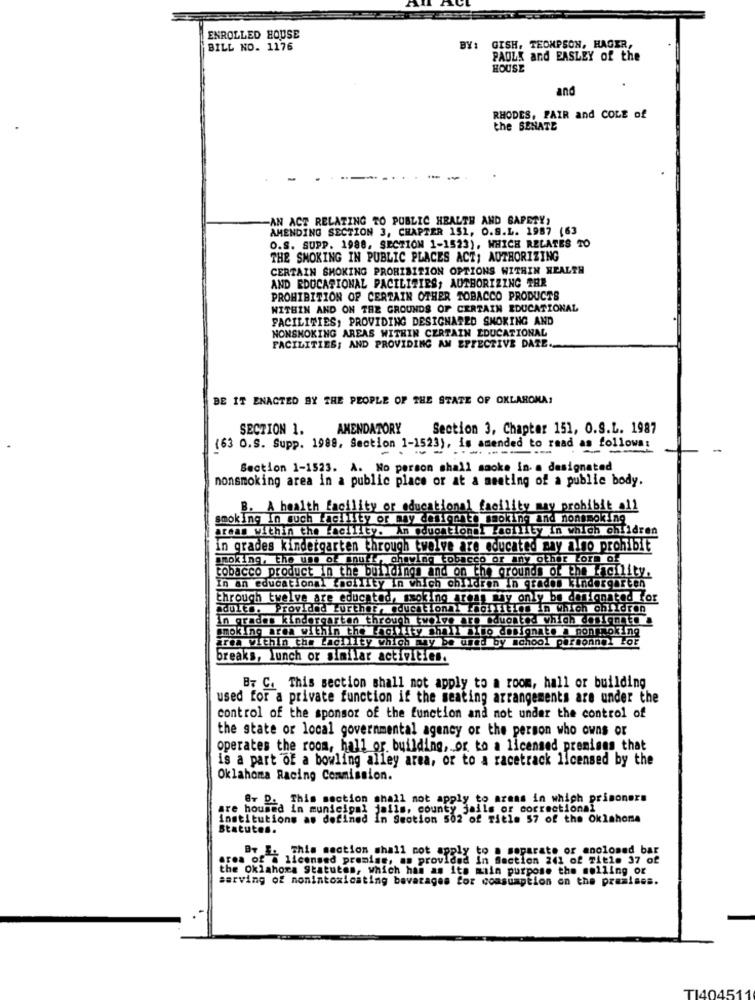
ENROLLED HOUSE
GISH, THOMPSON, HAGER,
BILL NO. 1176
BY:
PAULS and EASLEY of the
HOUSE
and
RHODES, FAIR and COLE of
the SENATE
-AN ACT RELATING TO PUBLIC HEALTH AND SAFETY,
AMENDING SECTION 3, CHAPTER 151, O.S.L. 1987 (63
O.S. SUPP. 1988, SECTION 1-1523), WHICH RELATES TO
THE SMOKING IN PUBLIC PLACES ACT; AUTHORIZING
CERTAIN SMOKING PROHIBITION OPTIONS WITHIN HEALTH
AND EDUCATIONAL PACILITIES, AUTHORIZING THR
PROHIBITION OF CERTAIN OTHER TOBACCO PRODUCTS
WITHIN AND ON THE GROUNDS OF CERTAIN EDUCATIONAL
FACILITIES, PROVIDING DESIGNATED SMOKING AND
NONSMOKING AREAS WITHIN CERTAIN EDUCATIONAL
FACILITIES; AND PROVIDING AN EFFECTIVE DATE.
BE IT ENACTED BY THE PEOPLE OF THE STATE OF OKLARONA!
SECTION 1.
AMENDATORY
Section 3, Chapter 151, O.S.L. 1987
(63 O.S. Supp. 1988, Section 1-1523), is amended to read as follows:
- - - - --- ---
Section 1-1523. A. No person shall smoke in- a designated
nonsmoking area in a public place or at a meeting of a public body.
B. A health facility or educational facility may prohibit =11
smoking in such facility or may deslength smoking and nonsmoking
areas within the facility. An educationmi laollity In which children
in grades kindergarten through twelve are educated may also prohibit
smoking, the use of snufr, chewing tobacco or any other form of
tobacco product in the buildings and on the grounds of the facility.
In an educational thollity in which children in crados kindergarten
through twelve are educated, smoking areas may only be designated for
adults. Provided Further, educational thor ities in which children
In grades kindergarten through twelve are oduonted which design .....
smoking area within the Łagility shall sito designate a pontnoking
area within the Ładility which may be used by school personnel for
breaks, lunch or similar activities.
B7 C. This section shall not apply to a room, hall or building
used for a private function if the seating arrangements are under the
control of the sponsor of the function and not under the control of
the state or local governmental agency or the person who owns or
operates the room, hall or building, or to a licensed premises that
is a part of a bowling alley area, or to a racetrack licensed by the
Oklahoma Racing Commission.
Sr D. This section shall not apply to areas in which prisoners
are housed In municipal jalis, county,3
hty jails or correctional
institutions as defined In Section 502 of Title 57 of the Oklahoma
Statutes.
Br &. This section shall not apply to a separate or enclosed bar
area of a licensed promise, as provided in Section 241 of Title 37 of
the Oklahora Statutes, which has as its main purpose the selling or
sarving of nonintoxicating bevarages for consumption on the premises.